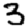
Digit: 3